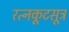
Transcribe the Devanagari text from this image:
रत्नकूटसूत्र